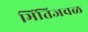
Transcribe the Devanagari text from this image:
भिंतिजवळ